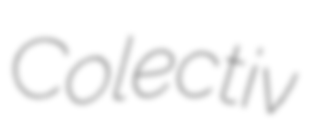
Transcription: Colectiv